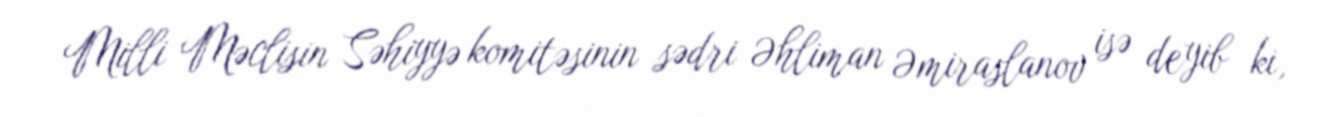
Milli Məclisin Səhiyyə komitəsinin sədri Əhliman Əmiraslanov isə deyib ki,